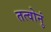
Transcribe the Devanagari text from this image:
तत्वोनुं